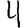
Digit: 4